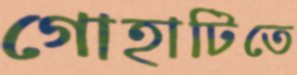
গোহাটিতে